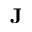
\mathbf { J }